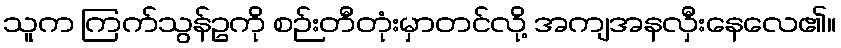
သူက ကြက်သွန်ဥကို စဉ်းတီတုံးမှာတင်လို့ အကျအနလှီးနေလေ၏။